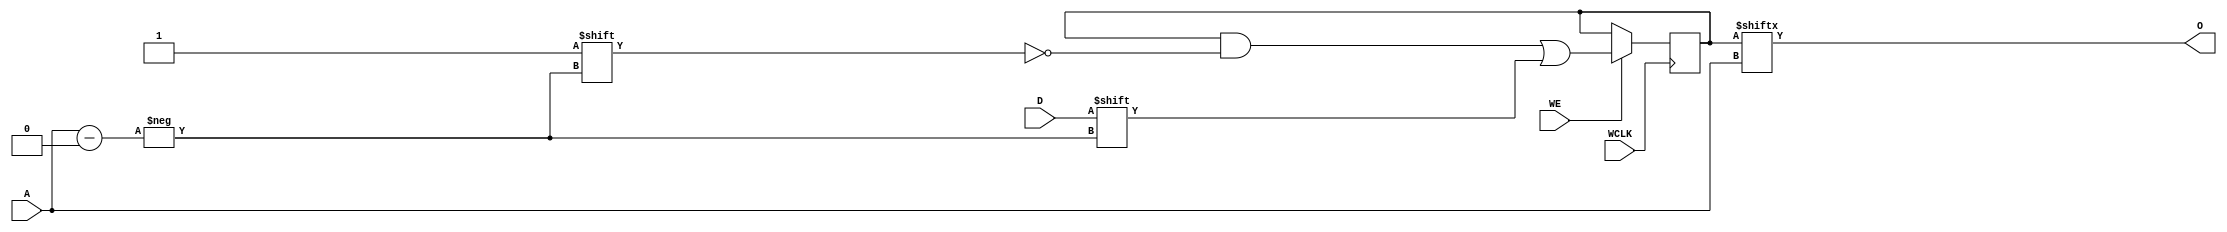
module RAM256X1S (
  output O,
  input [7:0] A,
  input D,
  (* clkbuf_sink *)
  (* invertible_pin = "IS_WCLK_INVERTED" *)
  input WCLK,
  input WE
);
  parameter [255:0] INIT = 256'h0;
  parameter [0:0] IS_WCLK_INVERTED = 1'b0;
  reg [255:0] mem = INIT;
  assign O = mem[A];
  wire clk = WCLK ^ IS_WCLK_INVERTED;
  always @(posedge clk) if (WE) mem[A] <= D;
endmodule